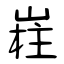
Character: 嵀